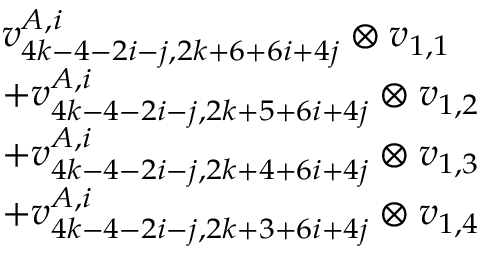
\begin{array} { r l } & { v _ { 4 k - 4 - 2 i - j , 2 k + 6 + 6 i + 4 j } ^ { A , i } \otimes v _ { 1 , 1 } } \\ & { + v _ { 4 k - 4 - 2 i - j , 2 k + 5 + 6 i + 4 j } ^ { A , i } \otimes v _ { 1 , 2 } } \\ & { + v _ { 4 k - 4 - 2 i - j , 2 k + 4 + 6 i + 4 j } ^ { A , i } \otimes v _ { 1 , 3 } } \\ & { + v _ { 4 k - 4 - 2 i - j , 2 k + 3 + 6 i + 4 j } ^ { A , i } \otimes v _ { 1 , 4 } } \end{array}